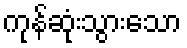
ကုန်ဆုံးသွားသော